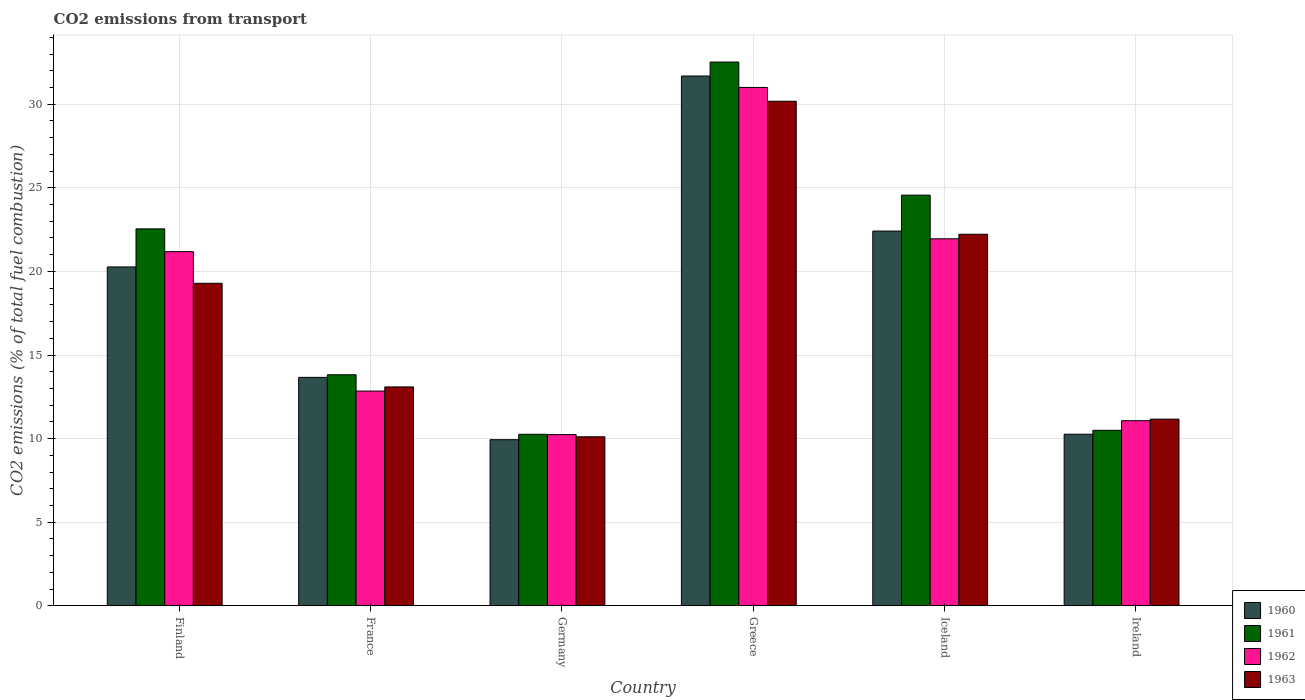
| Country | 1960 | 1961 | 1962 | 1963 |
 | --- | --- | --- | --- | --- |
 | Finland | 20.3 | 22.5 | 21.2 | 19.3 |
 | France | 13.7 | 13.8 | 12.8 | 13.1 |
 | Germany | 9.93 | 10.3 | 10.2 | 10.1 |
 | Greece | 31.7 | 32.5 | 31 | 30.2 |
 | Iceland | 22.4 | 24.6 | 22 | 22.2 |
 | Ireland | 10.3 | 10.5 | 11.1 | 11.2 |